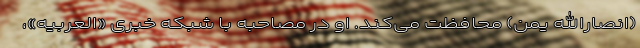
(انصارالله یمن) محافظت می‌کند. او در مصاحبه با شبکه خبری «العربیه»،